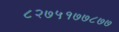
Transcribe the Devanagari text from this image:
८२७५१७७८७७